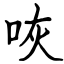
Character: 咴